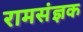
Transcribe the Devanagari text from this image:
रामसंज्ञक